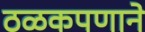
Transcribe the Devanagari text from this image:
ठळकपणाने